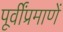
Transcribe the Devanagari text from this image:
पूर्वींप्रमाणें